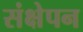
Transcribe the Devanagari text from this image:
संक्षेपन